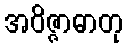
အဝိဇ္ဇာဓာတု